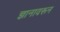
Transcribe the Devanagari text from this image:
ज्ञानावरून